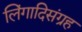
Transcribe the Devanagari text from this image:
लिंगादिसंग्रह